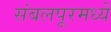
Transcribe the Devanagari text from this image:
संबलपूरमध्ये